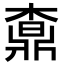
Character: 𣙒